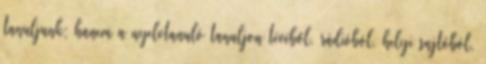
tanuljunk; hanem a nyelvtanuló tanuljon tévéből, rádióból, helyi sajtóból,